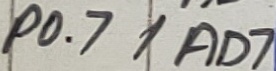
Text: P0.7/AD7